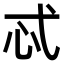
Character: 忒